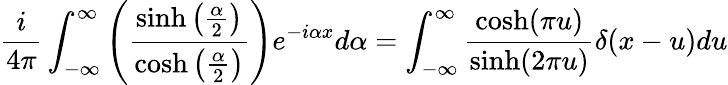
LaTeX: \frac{i}{4\pi}\int_{-\infty}^{\infty}\left(\frac{\sinh\left(\frac{\alpha}{2}\right)}{\cosh\left(\frac{\alpha}{2}\right)}\right)e^{-i\alpha x}d\alpha=\int_{-\infty}^{\infty}\frac{\cosh(\pi u)}{\sinh(2\pi u)}\delta(x-u)du